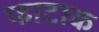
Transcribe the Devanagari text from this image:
फाटाक